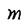
Character: M